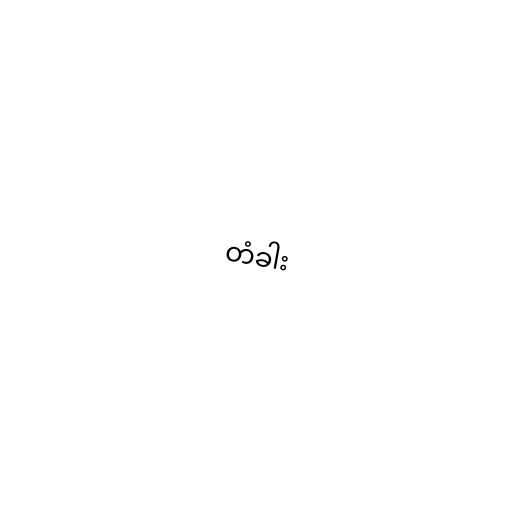
တံခါး